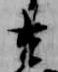
去